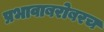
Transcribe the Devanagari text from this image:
प्रभावाबरोबरच